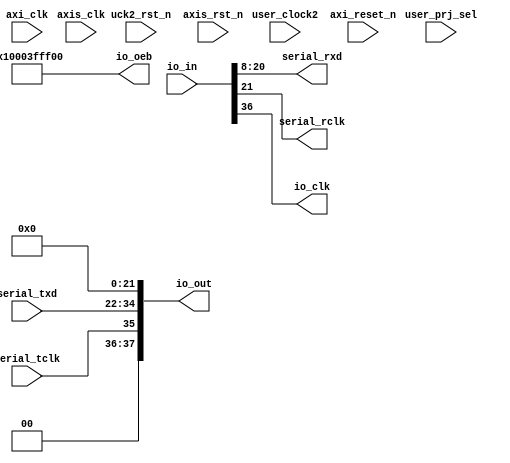
// This code snippet was auto generated by xls2vlog.py from source file: /home/patrick/Downloads/Interface-Definition.xlsx
// User: patrick
// Date: Jul-19-23



module MPRJ_IO #(   parameter pUSER_PROJECT_SIDEBAND_WIDTH   = 5,
          parameter pSERIALIO_WIDTH   = 13,
          parameter pADDR_WIDTH   = 12,
          parameter pDATA_WIDTH   = 32
                )
(
  output wire  [pSERIALIO_WIDTH-1: 0] serial_rxd,
  output wire          serial_rclk,
  input  wire   [4: 0] user_prj_sel,
  input  wire  [pSERIALIO_WIDTH-1: 0] serial_txd,
  input  wire          serial_tclk,
  input  wire  [37: 0] io_in,
  `ifdef USE_POWER_PINS
  input  wire          vccd1,
  input  wire          vccd2,
  input  wire          vssd1,
  input  wire          vssd2,
  `endif //USE_POWER_PINS
  output wire  [37: 0] io_out,
  output wire  [37: 0] io_oeb,
  output wire          io_clk,
  input  wire          user_clock2,
  input  wire          axi_clk,
  input  wire          axi_reset_n,
  input  wire          axis_clk,
  input  wire          uck2_rst_n,
  input  wire          axis_rst_n
);

  localparam BASE_OFFSET = 8;
  localparam RXD_OFFSET = BASE_OFFSET;
  localparam RXCLK_OFFSET = RXD_OFFSET + pSERIALIO_WIDTH;
  localparam TXD_OFFSET = RXCLK_OFFSET + 1;
  localparam TXCLK_OFFSET = TXD_OFFSET + pSERIALIO_WIDTH;
  localparam IOCLK_OFFSET = TXCLK_OFFSET + 1;
  localparam TXRX_WIDTH = IOCLK_OFFSET - BASE_OFFSET + 1;

// MPRJ_IO PIN PLANNING when pSERIALIO_WIDTH=13
// --------------------------------
// [20: 8]  I   RXD
// [   21]  I   RXCLK

// --------------------------------
// [34:22]  O   TXD
// [   35]  O   TXCLK

// --------------------------------
// [   36]  I   IO_CLK

// MPRJ_IO PIN PLANNING when pSERIALIO_WIDTH=12
// --------------------------------
// [19: 8]  I   RXD
// [   20]  I   RXCLK

// --------------------------------
// [32:21]  O   TXD
// [   33]  O   TXCLK

// --------------------------------
// [   34]  I   IO_CLK

/*
assign serial_rxd    = 12'b0;
assign serial_rclk   = 1'b0;
assign io_out        = 38'b0;
assign io_oeb        = 38'b0;
*/

assign io_clk = io_in[IOCLK_OFFSET];

assign io_oeb[ 7: 0]   =  8'h00;

assign io_oeb[RXD_OFFSET +: pSERIALIO_WIDTH]   = ~32'b0;  // RXD
assign io_oeb[RXCLK_OFFSET]   =  1'b1;    // RX_CLK

assign io_oeb[TXD_OFFSET +: pSERIALIO_WIDTH]   = 32'b0;  // TXD
assign io_oeb[TXCLK_OFFSET]   =  1'b0;    // TX_CLK

assign io_oeb[IOCLK_OFFSET]   =  1'b1;    // IO_CLK (from FPGA)

//assign value to avoid dc_shell report warning
//below setting only for pSERIALIO_WIDTH=13, for pSERIALIO_WIDTH=12 need change the hard code setting.
assign io_oeb[ 37]   =  1'b0; 		//for pSERIALIO_WIDTH=13
//assign io_oeb[ 37:35]   =  3'b0; 		//for pSERIALIO_WIDTH=12

assign serial_rxd  = io_in[RXD_OFFSET +: pSERIALIO_WIDTH];
assign serial_rclk = io_in[RXCLK_OFFSET];

assign io_out[TXD_OFFSET +: pSERIALIO_WIDTH] = serial_txd;
assign io_out[TXCLK_OFFSET] = serial_tclk;

//assign value to avoid dc_shell report warning
assign io_out[21:0] = 32'b0; 			//for pSERIALIO_WIDTH=13
assign io_out[37:36] = 2'b0; 			//for pSERIALIO_WIDTH=13
//assign io_out[20:0] = 32'b0; 		//for pSERIALIO_WIDTH=12
//assign io_out[37:34] = 4'b0; 		//for pSERIALIO_WIDTH=12

endmodule // MPRJ_IO